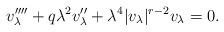
LaTeX: \begin{align*}v_{\lambda}''''+ q \lambda^2 v_{\lambda}''+ \lambda^4 |v_\lambda|^{r-2}v_\lambda= 0.\end{align*}